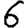
Digit: 6